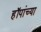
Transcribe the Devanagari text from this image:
हॉपांच्या